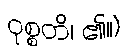
ဝုစ္စတိ၊ ၏။)